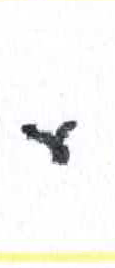
אות: ע